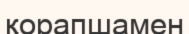
қорапшамен